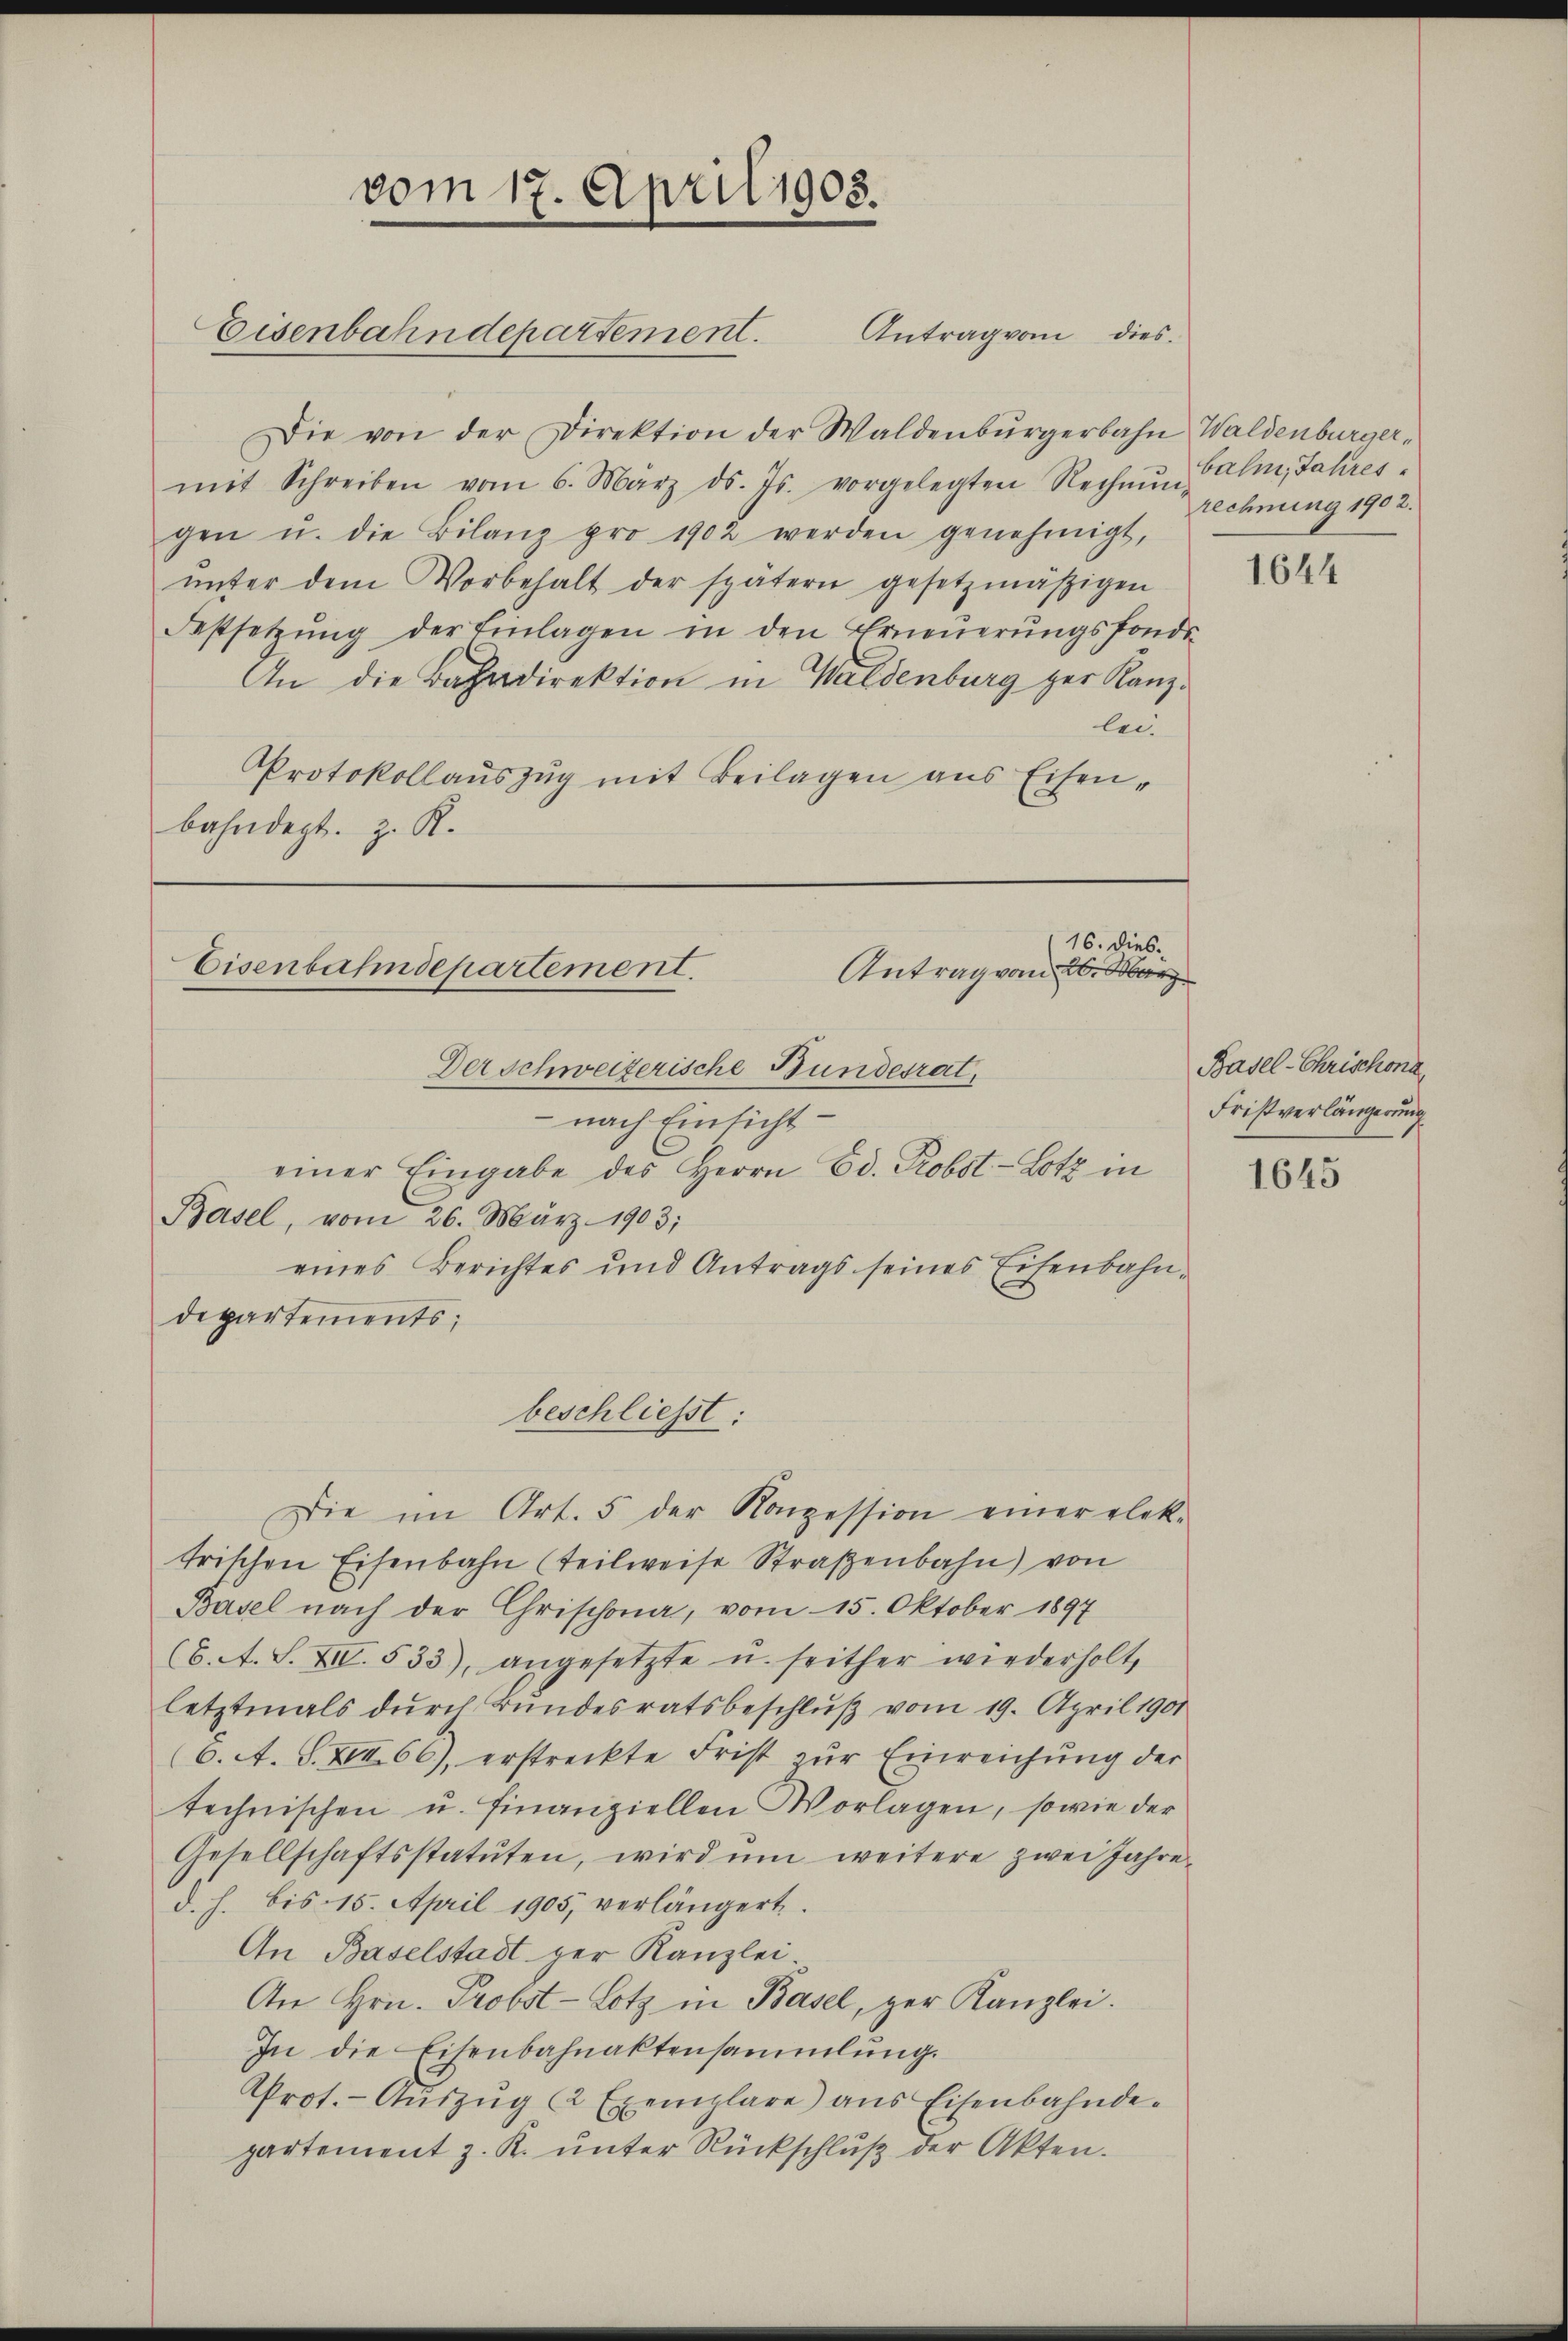
vom 17. April 1905.
Eisenbahndepartement. Antrag von dies

Die von der Direktion der Waldenbŭrgerbahn Waldenburger,
mit Schreiben vom 6. März d. Js. vorgelegten Rechnŭng Balm, Jahres-
gen u. die Bilanz pro 1902 werden genehmigt,
ŭnter dem Vorbehalt der spätern gesetzmäßigen
Festsetzŭng der Einlagen in den Erneŭerŭngsfonds-
An die Bahndirektion in Waldenburg zur Kanzlei¬
Protokollauszug mit Beilagen aus Eisen-
bahndept. z. R.
16. dies.
Eisenbahndepartement.
Antrag vom 26. März

rechnung 1902.

Der schweizerische Bundesrat,
 nach Einsicht:
einer Eingabe des Herrn Ed. Probst-Lotz in
Basel, vom 26. März 1903;
eines Berichtes und Antrags seines Eisenbahndepartements;
beschliesst:
Die im Art. 5 der Konzession einer elek-
trischen Eisenbahn (teilweise Straßenbahn) von
Basel nach der Chrischona, vom 15. Oktober 1897
(6. A. S. XIV. 533), angesetzte u. seither wiederholt,
letztmals dŭrch Bŭndesratsbeschlŭβ vom 19. April 1901
(6. A. S. XIII 66), erstreckte Frist zŭr Einreichung der
technischen u. finanziellen Vorlagen, sowie der
Gesellschaftsstatuten, wird ŭm weitere zwei Jahre
d. h. bis 15. April 1905, verlängert.
An Baselstadt ger Kanzlei
An Hrn. Probst-Lotz in Basel, zur Kanzlei.
In die Eisenbahnaktensammlung.
Prot. - Aŭszŭg u Exemplare ans Eisenbahnde-
partement z. K. unter Rückschluß der Akten.

1644

Basel-Chrischona,
Fristverlängerung

1645